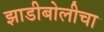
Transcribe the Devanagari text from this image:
झाडीबोलीचा